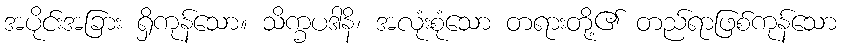
အပိုင်းအခြား ရှိကုန်သော။ သိက္ခပဒါနိ၊ အလုံးစုံသော တရားတို့၏ တည်ရာဖြစ်ကုန်သော